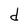
Character: d